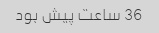
36 ساعت پیش بود